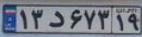
۱۳د۶۷۳۱۹